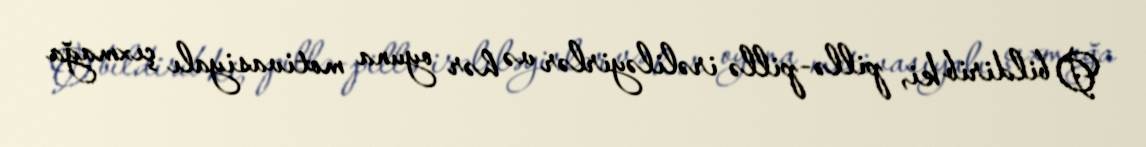
O bildirib ki, pillə-pillə irəliləyirlər və hər oyuna motivasiyalı çıxmağa